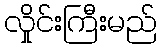
လှိုင်းကြီးမည်